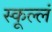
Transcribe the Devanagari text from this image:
स्कूल्लं